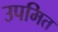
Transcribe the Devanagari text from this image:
उपमित